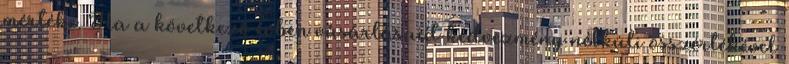
mértéke. Ha a következő évben vásárlásaid kedvezmény nélküli összértékével